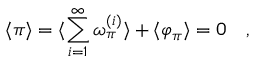
\langle \pi \rangle = \langle \sum _ { i = 1 } ^ { \infty } \omega _ { \pi } ^ { ( i ) } \rangle + \langle \varphi _ { \pi } \rangle = 0 \quad ,